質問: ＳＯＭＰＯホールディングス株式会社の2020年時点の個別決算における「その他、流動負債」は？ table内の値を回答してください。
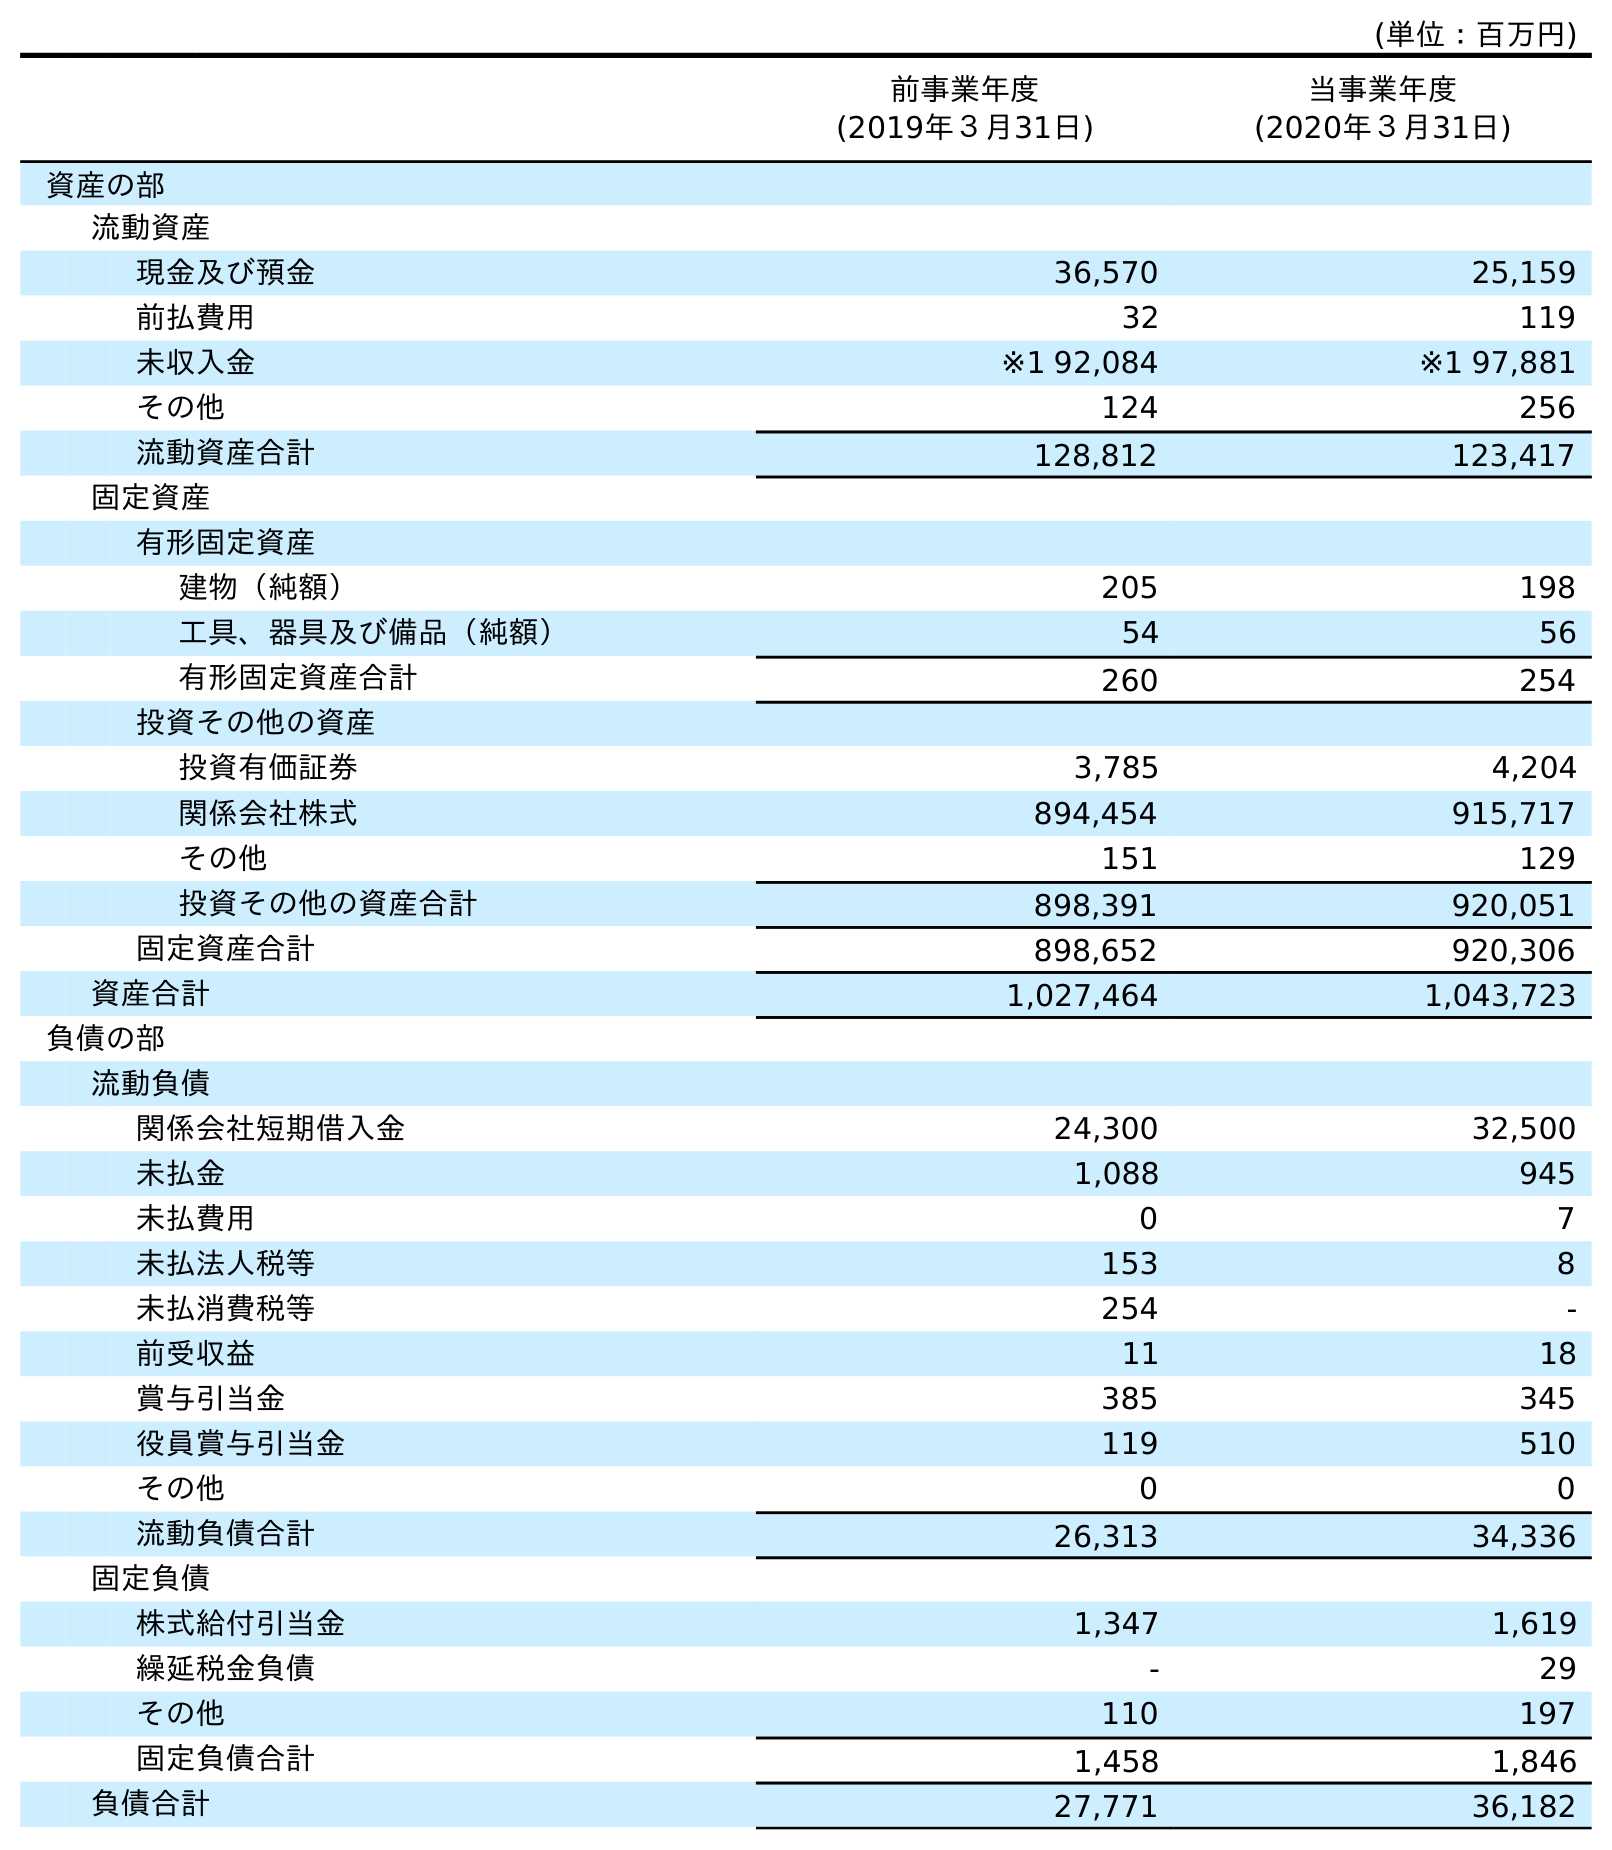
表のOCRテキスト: (単位：百万円) 前事業年度 (2019年３月31日) 当事業年度 (2020年３月31日) 資産の部 流動資産 現金及び預金 36,570 25,159 前払費用 32 119 未収入金 ※1 92,084 ※1 97,881 その他 124 256 流動資産合計 128,812 123,417 固定資産 有形固定資産 建物（純額） 205 198 工具、器具及び備品（純額） 54 56 有形固定資産合計 260 254 投資その他の資産 投資有価証券 3,785 4,204 関係会社株式 894,454 915,717 その他 151 129 投資その他の資産合計 898,391 920,051 固定資産合計 898,652 920,306 資産合計 1,027,464 1,043,723 負債の部 流動負債 関係会社短期借入金 24,300 32,500 未払金 1,088 945 未払費用 0 7 未払法人税等 153 8 未払消費税等 254 - 前受収益 11 18 賞与引当金 385 345 役員賞与引当金 119 510 その他 0 0 流動負債合計 26,313 34,336 固定負債 株式給付引当金 1,347 1,619 繰延税金負債 - 29 その他 110 197 固定負債合計 1,458 1,846 負債合計 27,771 36,182
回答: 0